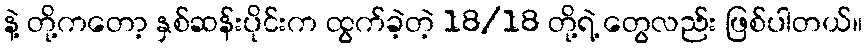
နဲ့ တို့ကတော့ နှစ်ဆန်းပိုင်းက ထွက်ခဲ့တဲ့ 18/18 တို့ရဲ့ တွေလည်း ဖြစ်ပါတယ်။